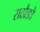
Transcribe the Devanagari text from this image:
राठौङो